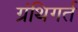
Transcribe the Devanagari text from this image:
ग्रंथिगर्त